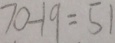
7 0 - 1 9 = 5 1